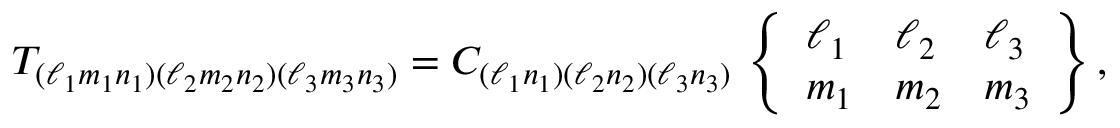
T _ { ( \ell _ { 1 } m _ { 1 } n _ { 1 } ) ( \ell _ { 2 } m _ { 2 } n _ { 2 } ) ( \ell _ { 3 } m _ { 3 } n _ { 3 } ) } = C _ { ( \ell _ { 1 } n _ { 1 } ) ( \ell _ { 2 } n _ { 2 } ) ( \ell _ { 3 } n _ { 3 } ) } \, \left\{ \begin{array} { l l l } { \ell _ { 1 } } & { \ell _ { 2 } } & { \ell _ { 3 } } \\ { m _ { 1 } } & { m _ { 2 } } & { m _ { 3 } } \end{array} \right\} ,